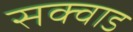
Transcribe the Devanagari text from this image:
सक्वाड